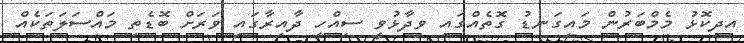
އިދިކޮޅު މެމްބަރުން މައިގަނޑު ގޮތެއްގައި ވިދާޅުވީ ސިއްހީ ދާއިރާގައި ވަރަށް ބޮޑެތި މަައްސަލަތަކެއް